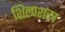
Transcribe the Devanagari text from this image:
शिल्पशस्त्र